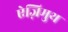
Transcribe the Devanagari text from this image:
ऐज़िमुथ